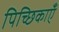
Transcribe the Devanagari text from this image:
पिच्छिकाएँ